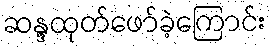
ဆန္ဒထုတ်ဖော်ခဲ့ကြောင်း